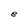
Character: e